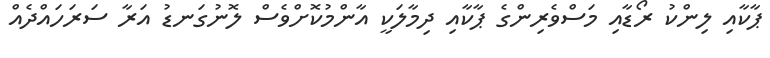
ޕާކާއި ލިންކު ރޯޑާއި މަސްވެރިންގެ ޕާކާއި ދިމާލަކީ އާންމުކޮށްވެސް ލޮނުގަނޑު އަރާ ސަރަހައްދެއް